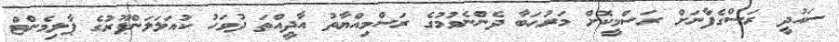
ސައުދީ ރަސްގެފާނަށް ރަސްމީކޮށް މަރުޙަބާ ދެންނެވުމުގެ ރަސްމިއްޔާތު އާދީއްތަ ދުވަހު ކުއަލަލަންޕޫރުގެ ޕާލިމެންޓް